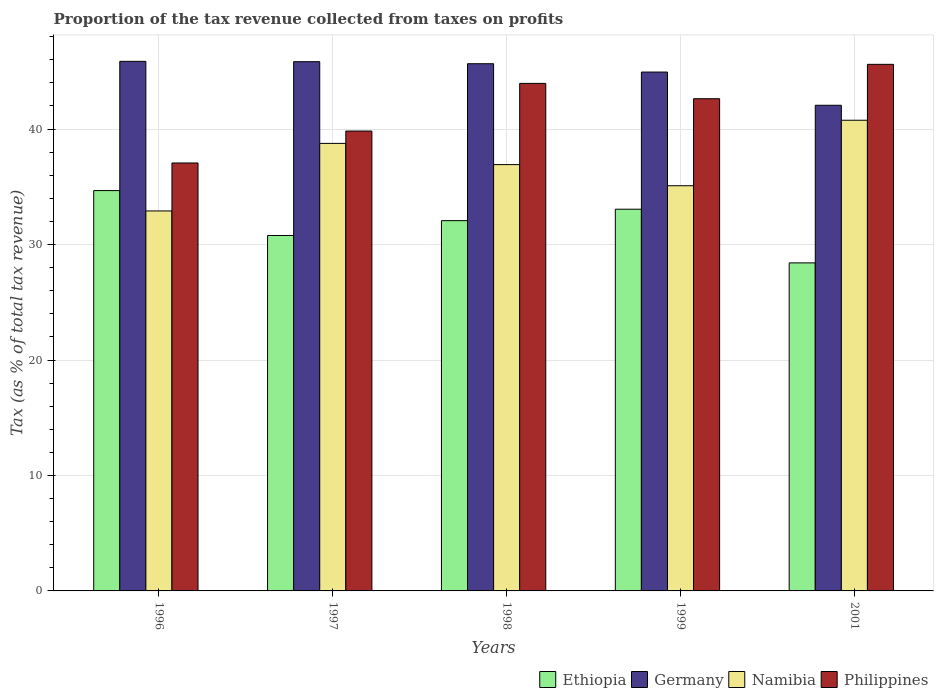
| Years | Ethiopia | Germany | Namibia | Philippines |
 | --- | --- | --- | --- | --- |
 | 1996 | 34.7 | 45.9 | 32.9 | 37.1 |
 | 1997 | 30.8 | 45.8 | 38.8 | 39.8 |
 | 1998 | 32.1 | 45.7 | 36.9 | 44 |
 | 1999 | 33.1 | 44.9 | 35.1 | 42.6 |
 | 2001 | 28.4 | 42.1 | 40.8 | 45.6 |